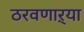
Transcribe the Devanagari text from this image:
ठरवणाऱ्या